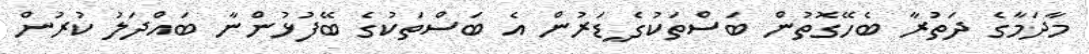
މާދަމާގެ ދަތުރާ ބެހޭގޮތުން ބަސްތަކުގެ ީޑަރުން އެ ބަސްތަކުގެ ބޭފުޅުންނާ ބައްދަލު ކުރުން